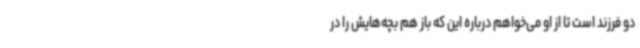
دو فرزند است تا از او می‌خواهم درباره این که باز هم بچه‌هایش را در